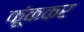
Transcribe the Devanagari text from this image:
फूंककर